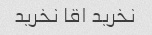
نخرید اقا نخرید